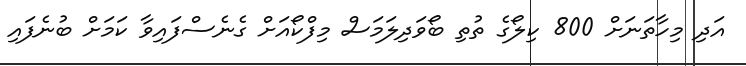
އަދި މިހާތަނަށް 800 ކިލޯގެ ތުތި ބޯވަދިލަމަސް މިފްކޯއަށް ގެނެސްފައިވާ ކަމަށް ބުނެފައި